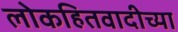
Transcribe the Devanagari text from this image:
लोकहितवादीच्या